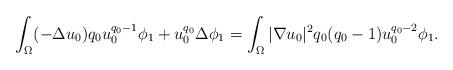
LaTeX: \begin{align*}\int_{\Omega}(-\Delta u_{0})q_{0}u_{0}^{q_{0}-1}\phi_{1}+u_{0}^{q_{0}}\Delta\phi_{1}=\int_{\Omega}|\nabla u_{0}|^{2}q_{0}(q_{0}-1)u_{0}^{q_{0}-2}\phi_{1}. \end{align*}